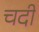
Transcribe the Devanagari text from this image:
चदी